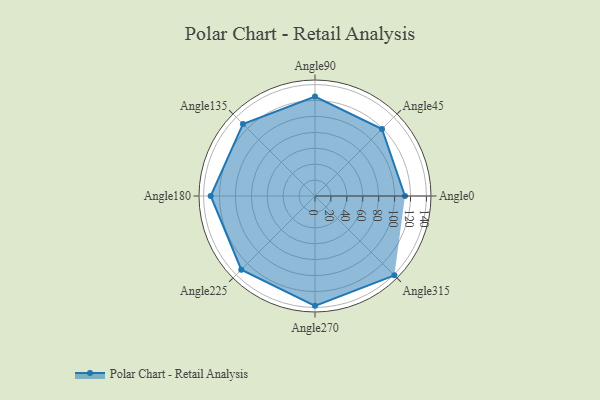
{"axis": {"x": "Angle", "y": "Radius"}, "legend": [""], "data": [{"x": "Angle0", "y": 113.0, "type": ""}, {"x": "Angle45", "y": 119.0, "type": ""}, {"x": "Angle90", "y": 125.0, "type": ""}, {"x": "Angle135", "y": 128.0, "type": ""}, {"x": "Angle180", "y": 131.0, "type": ""}, {"x": "Angle225", "y": 131.0, "type": ""}, {"x": "Angle270", "y": 138.0, "type": ""}, {"x": "Angle315", "y": 141.0, "type": ""}]}